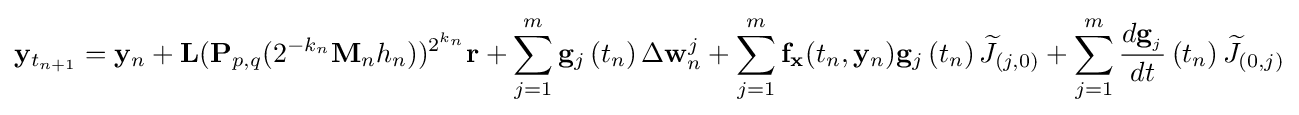
\mathbf {y} _{t_{n+1}}=\mathbf {y} _{n}+\mathbf {L} (\mathbf {P} _{p,q}(2^{-k_{n}}\mathbf {M} _{n}h_{n}))^{2^{k_{n}}}\mathbf {r} +\sum \limits _{j=1}^{m}\mathbf {g} _{j}\left(t_{n}\right)\Delta \mathbf {w} _{n}^{j}+\sum \limits _{j=1}^{m}\mathbf {f} _{\mathbf {x} }(t_{n},\mathbf {y} _{n})\mathbf {g} _{j}\left(t_{n}\right){\widetilde {J}}_{\left(j,0\right)}+\sum \limits _{j=1}^{m}{\frac {d\mathbf {g} _{_{j}}}{dt}}\left(t_{n}\right){\widetilde {J}}_{\left(0,j\right)}